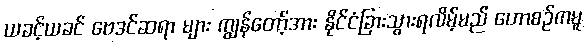
ယခင့်ယခင် ဗေဒင်ဆရာ များ ကျွန်တော့်အား နိုင်ငံခြားသွားရလိမ့်မည် ဟောစဉ်ကမူ